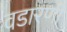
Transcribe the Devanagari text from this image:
वडारणी